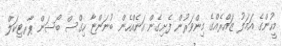
މީހުންގެ އަމަލު ޒައްރެއްގެ މިންވަރުން ފެށިގެން އަނެއްހެން ބުނަންޏާ ހިގްސް ބޯސަން ޕާރޓިކަލް